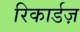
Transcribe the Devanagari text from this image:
रिकार्डज़